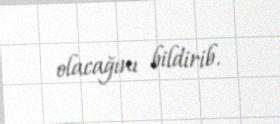
olacağını bildirib.